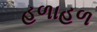
હળાહળ